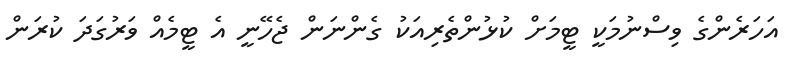
އަހަރެންގެ ވިސްނުމަކީ ޓީމަށް ކުޅުންތެރިއަކު ގެންނަން ޖެހޭނީ އެ ޓީމެއް ވަރުގަދަ ކުރަން